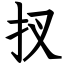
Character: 扠